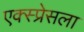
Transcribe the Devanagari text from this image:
एक्स्प्रेसला